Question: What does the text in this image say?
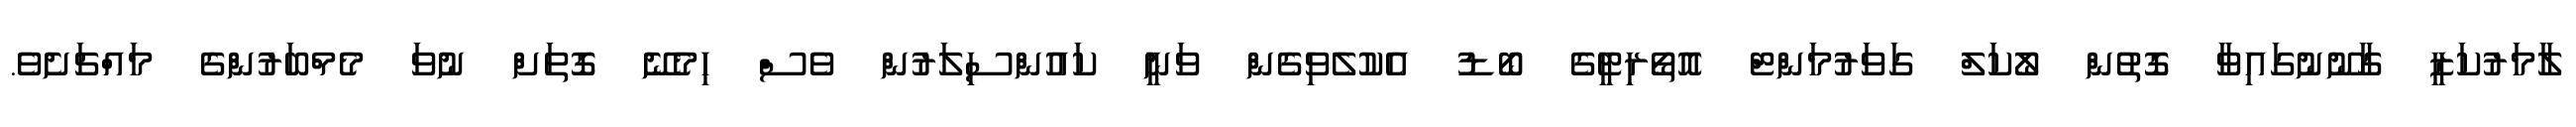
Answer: ލާމަރުކަޒީ ގާނޫނުގައިވާ ގޮތުން ލޯކަލް ގަވަރުމަންޓް އޮތޯރިޓީގެ ބޯޑު އެކުލެވިގެން ވަނީ ކައުންސިލަރުން ވެސް ހިމެނޭ ގޮތަށް ނުވަ މެމްބަރުންގެ މައްޗަށެވެ.